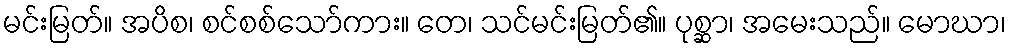
မင်းမြတ်။ အပိစ၊ စင်စစ်သော်ကား။ တေ၊ သင်မင်းမြတ်၏။ ပုစ္ဆာ၊ အမေးသည်။ မောဃာ၊